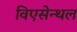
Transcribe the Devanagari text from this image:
विएसेन्थल